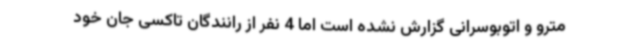
مترو و اتوبوسرانی گزارش نشده است اما 4 نفر از رانندگان تاکسی جان خود